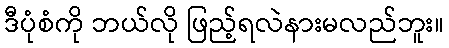
ဒီပုံစံကို ဘယ်လို ဖြည့်ရလဲနားမလည်ဘူး။